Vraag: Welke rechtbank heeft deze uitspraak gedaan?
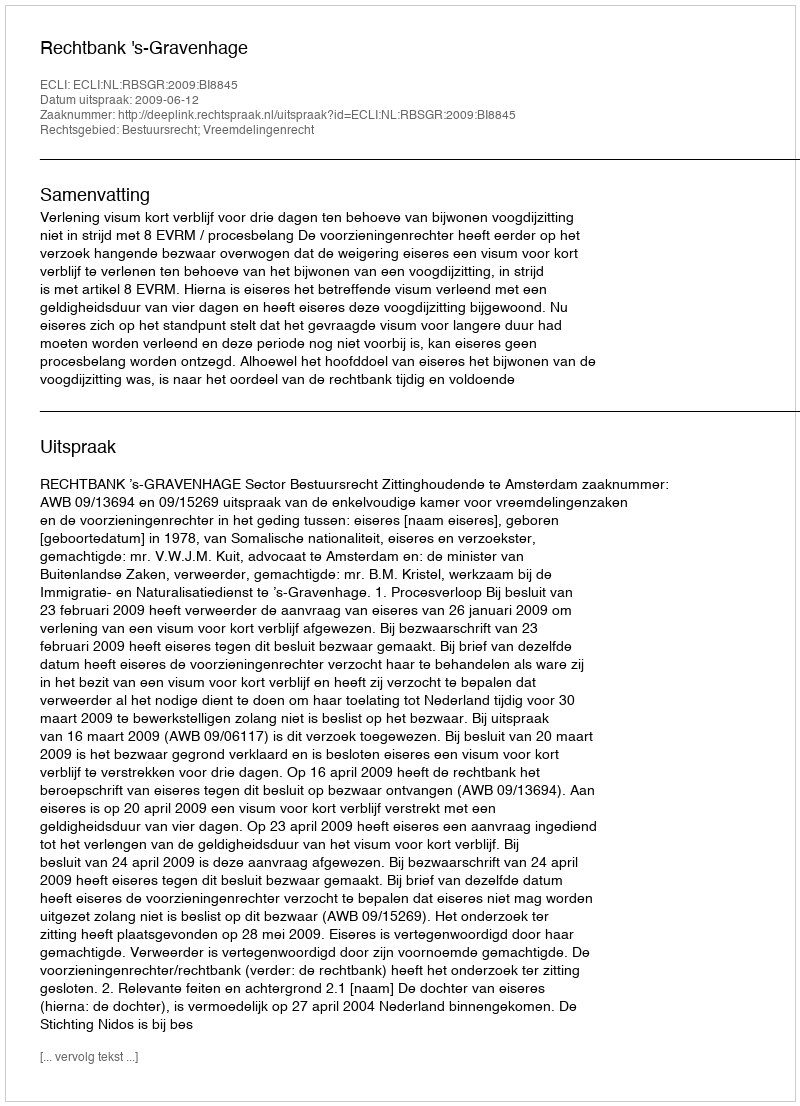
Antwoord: Rechtbank 's-Gravenhage